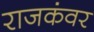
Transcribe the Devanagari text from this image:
राजकंवर